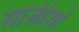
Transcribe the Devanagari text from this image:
साज़ीशों